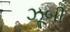
ઝૂબી